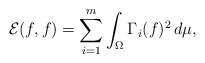
\begin{align*}\mathcal{E} (f,f) = \sum_{i=1}^m \int_{\Omega} \Gamma_i (f)^2 \, d\mu, \end{align*}